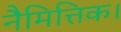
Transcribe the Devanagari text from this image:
नैमित्तिक।